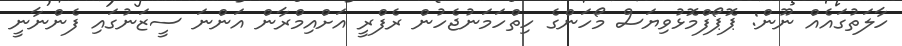
ހާލަތުގައެއް ނޫން: ޕޮޕޯފްމޮޅުވިޔަސް މޯހަންގެ ހިތްހަމަނުޖެހުން ރެފްރީ އަށްއިމްރާން އަންނަ ސީޒަނުގައި ފެންނާނީ